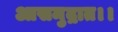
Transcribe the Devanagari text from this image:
आसमुद्रात।।